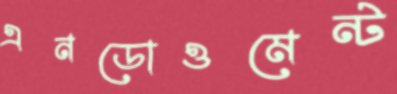
এনডোওমেন্ট